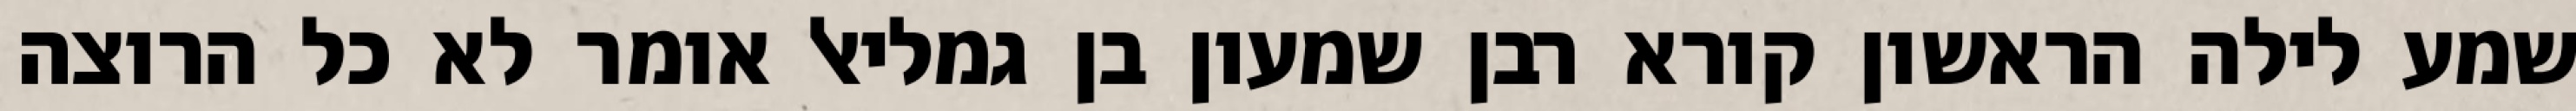
שמע לילה הראשון קורא רבן שמעון בן גמליאל אומר לא כל הרוצה